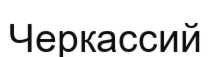
Черкассий